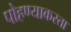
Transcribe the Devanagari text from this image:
पोहण्याकरता